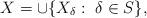
LaTeX: \begin{align*} X = \cup \{ X_\delta: \ \delta \in S \},\end{align*}